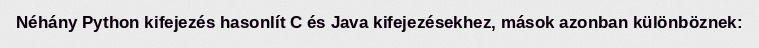
Néhány Python kifejezés hasonlít C és Java kifejezésekhez, mások azonban különböznek: